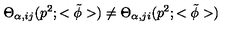
{ \Theta } _ { { \alpha } , i j } ( p ^ { 2 } ; < { \tilde { \phi } } > ) \neq { \Theta } _ { { \alpha } , j i } ( p ^ { 2 } ; < { \tilde { \phi } } > )